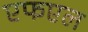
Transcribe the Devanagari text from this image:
एफएल